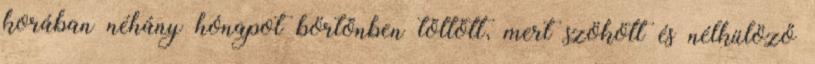
korában néhány hónapot börtönben töltött, mert szökött és nélkülöző